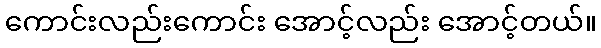
ကောင်းလည်းကောင်း အောင့်လည်း အောင့်တယ်။